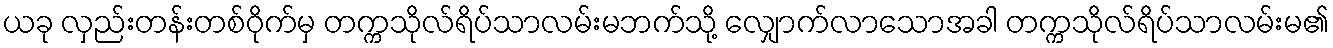
ယခု လှည်းတန်းတစ်ဝိုက်မှ တက္ကသိုလ်ရိပ်သာလမ်းမဘက်သို့ လျှောက်လာသောအခါ တက္ကသိုလ်ရိပ်သာလမ်းမ၏